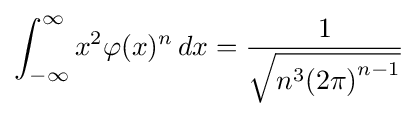
\int _{-\infty }^{\infty }x^{2}\varphi (x)^{n}\,dx={\frac {1}{\sqrt {n^{3}{\left(2\pi \right)}^{n-1}}}}